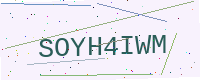
Text: SOYH4IWM